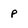
Character: P